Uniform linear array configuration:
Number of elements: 64
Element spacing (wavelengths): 0.75
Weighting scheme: blackman
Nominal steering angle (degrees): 45
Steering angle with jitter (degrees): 44.701
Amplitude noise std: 0.05
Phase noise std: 0.05

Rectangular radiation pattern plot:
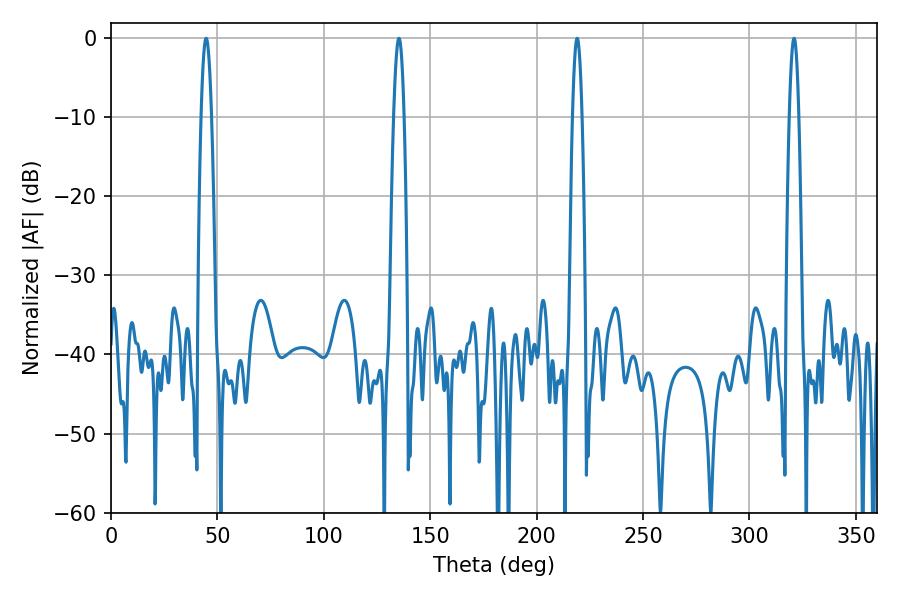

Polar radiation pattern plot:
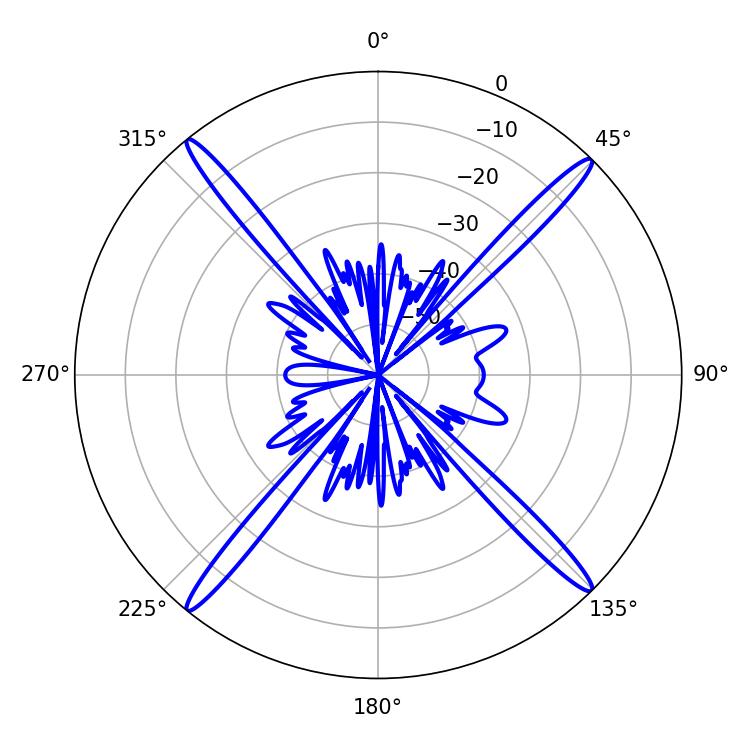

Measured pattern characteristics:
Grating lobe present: TRUE
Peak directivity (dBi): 21.809
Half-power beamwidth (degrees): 2.52
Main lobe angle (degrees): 320.94